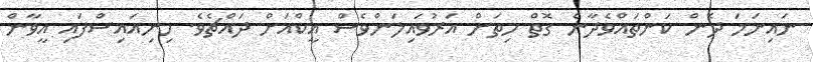
ނައިނަމަ ދެން ކަންތައްވެދާނެ ގޮތް ހިތަށް އަރުވައިލަންވެސް އީކްއަށް ދައްޗެވެ. ހިނިއައިސްފައި އީވާން